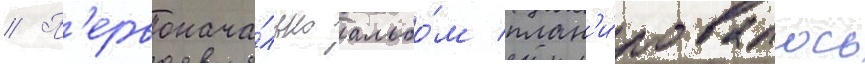
// П'ервонача́льно альбо́м план'и́ровалось